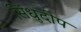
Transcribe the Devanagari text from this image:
सिंधुदीप